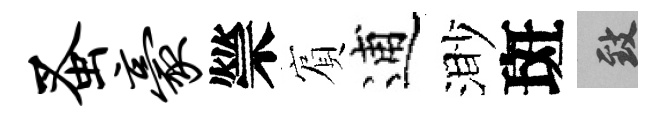
蚤豪禜賔逋渺斑致